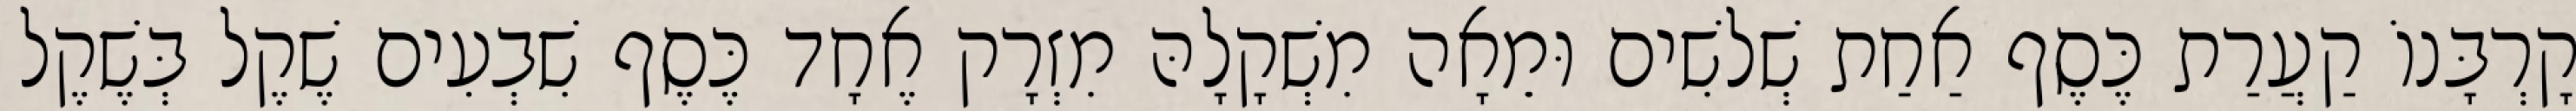
קָרְבָּנוֹ קַעֲרַת כֶּסֶף אַחַת שְׁלשִׁים וּמֵאָה מִשְׁקָלָהּ מִזְרָק אֶחָד כֶּסֶף שִׁבְעִים שֶׁקֶל בְּשֶׁקֶל